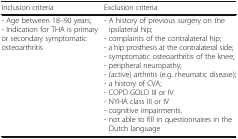
| Inclusion criteria | Exclusion criteria |
 | --- | --- |
 | - Age between 18–90 years;- Indication for THA is primary or secondary symptomatic osteoarthritis | - A history of previous surgery on the ipsilateral hip;- complaints of the contralateral hip;- a hip prosthesis at the contralateral side;- symptomatic osteoarthritis of the knee;- peripheral neuropathy;- (active) arthritis (e.g. rheumatic disease);- a history of CVA;- COPD GOLD III or IV- NYHA class III or IV- cognitive impairments.- not able to fill in questionnaires in the Dutch language |